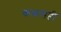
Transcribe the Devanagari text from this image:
कळसही